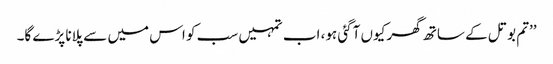
’’تم بوتل کے ساتھ گھر کیوں آگئی ہو، اب تمہیں سب کو اس میں سے پلانا پڑے گا۔